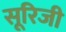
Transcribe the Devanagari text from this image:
सूरिजी